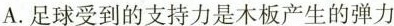
A. 足球受到的支持力是木板产生的弹力